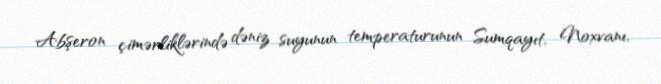
Abşeron çimərliklərində dəniz suyunun temperaturunun Sumqayıt, Noxvanı,